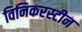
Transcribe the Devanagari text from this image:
विनिकरस्टीन